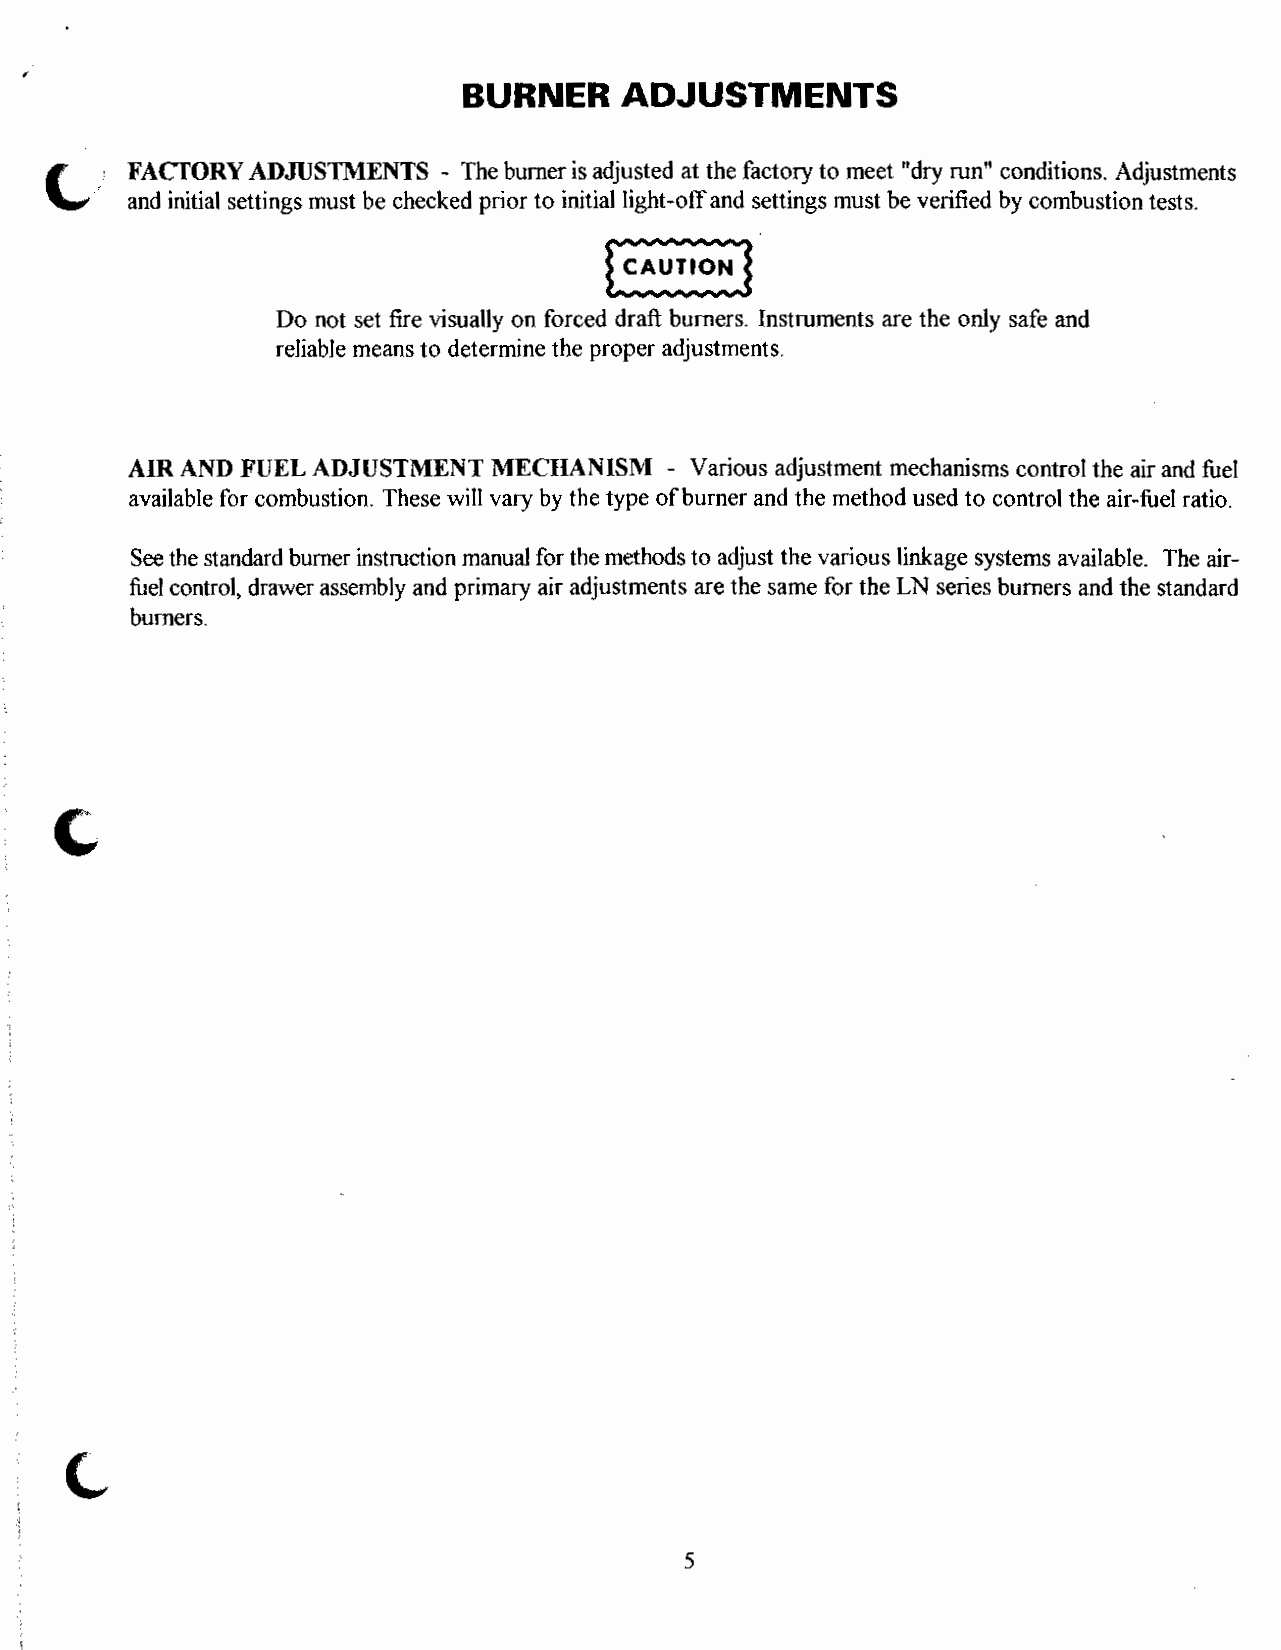
BURNER    ADJUSTMENTS
 FACTORY ADJUSTMENTS  - The burner is adjusted at the factory to meet "dry run" conditions. Adjustments
 and initial settings must be checked prior to initial light-off and settings must be verified by combustion tests.
 E3
 Do not set fire visually on forced draft burners. Instruments are the only safe and
 reliable means to determine the proper adjustments.
 AIR AND FUEL ADJUSTMENT  MECHANISl\'I - Various adjustment mechanisms control the air and fuel
 available for combustion. These will vary by the type of burner and the method used to control the air-fuel ratio.
 See the standard burner instruction manual for the methods to adjust the various linkage systems available. The air
 fuel control, drawer assembly and primary air adjustments are the same for the LN series burners and the standard
 burners.
 C
 5